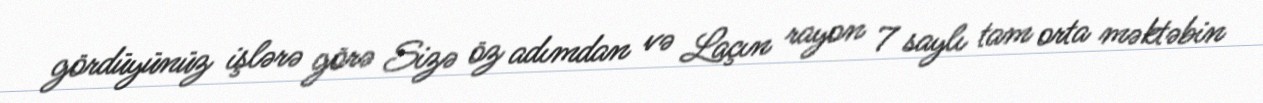
gördüyünüz işlərə görə Sizə öz adımdan və Laçın rayon 7 saylı tam orta məktəbin